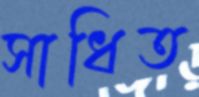
সাধিত